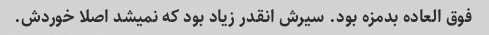
فوق العاده بدمزه بود. سیرش انقدر زیاد بود که نمیشد اصلا خوردش.